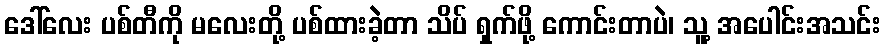
ဒေါ်လေး ပစ်တီကို မလေးတို့ ပစ်ထားခဲ့တာ သိပ် ရှက်ဖို့ ကောင်းတာပဲ၊ သူ့ အပေါင်းအသင်း